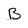
Character: B